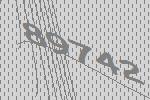
89742